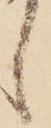
し